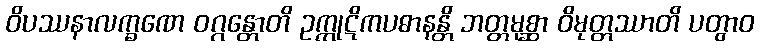
ဝိပဿနာလက္ခဏေ ဝဂ္ဂန္တောတိ ဥက္ကုဋိကပဓာနန္တိ ဘတ္တမုစ္ဆာ ဝိမုတ္တဿာတိ ပတွာဝ